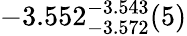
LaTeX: -3.552_{-3.572}^{-3.543}(5)